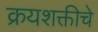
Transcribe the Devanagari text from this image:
क्रयशक्तीचे